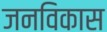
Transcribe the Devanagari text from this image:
जनविकास